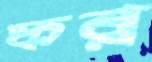
ফর